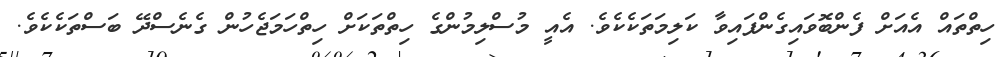
ހިތްތައް އެއަށް ފެންބޮވައިގެންފައިވާ ކަލިމަތަކެކެވެ. އެއީ މުސްލިމުންގެ ހިތްތަކަށް ހިތްހަމަޖެހުން ގެނެސްދޭ ބަސްތަކެކެވެ.